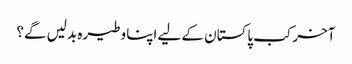
آخر کب پاکستان کے لیے اپنا وطیرہ بدلیں گے؟